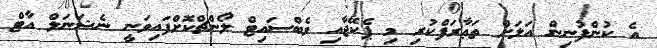
އެ ކުންފުނިން އަލަށް ތަޢާރަފްކުރި މި ޕެކޭޖާއި ވެބްސައިޓް ލޯންޗްކޮށްފައިވަނީ ނެޝަނަލް އާޓް